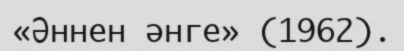
«Әннен әнге» (1962).